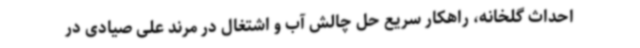
احداث گلخانه، راهکار سریع حل چالش آب و اشتغال در مرند علی صیادی در